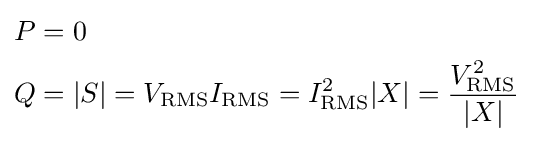
{\begin{aligned}P&=0\\Q&=|S|=V_{\mathrm {RMS} }I_{\mathrm {RMS} }=I_{\mathrm {RMS} }^{2}|X|={\frac {V_{\mathrm {RMS} }^{2}}{|X|}}\end{aligned}}